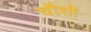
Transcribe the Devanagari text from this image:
चौसी